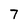
Character: 7